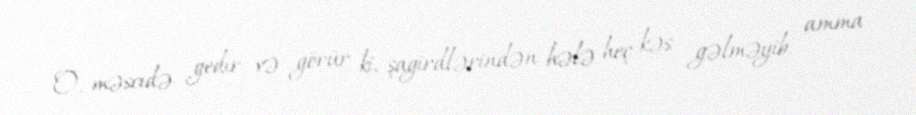
O, məscidə gedir və görür ki, şagirdlərindən hələ heç kəs gəlməyib, amma